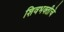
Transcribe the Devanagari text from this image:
शिवभक्तीचे